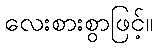
လေးစားစွာဖြင့်။